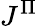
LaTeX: J^{\Pi}